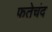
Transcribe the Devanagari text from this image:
फतेचंद